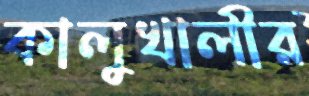
কালুখালীর